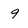
Character: 9